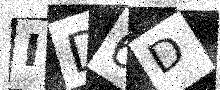
Text: ID6D